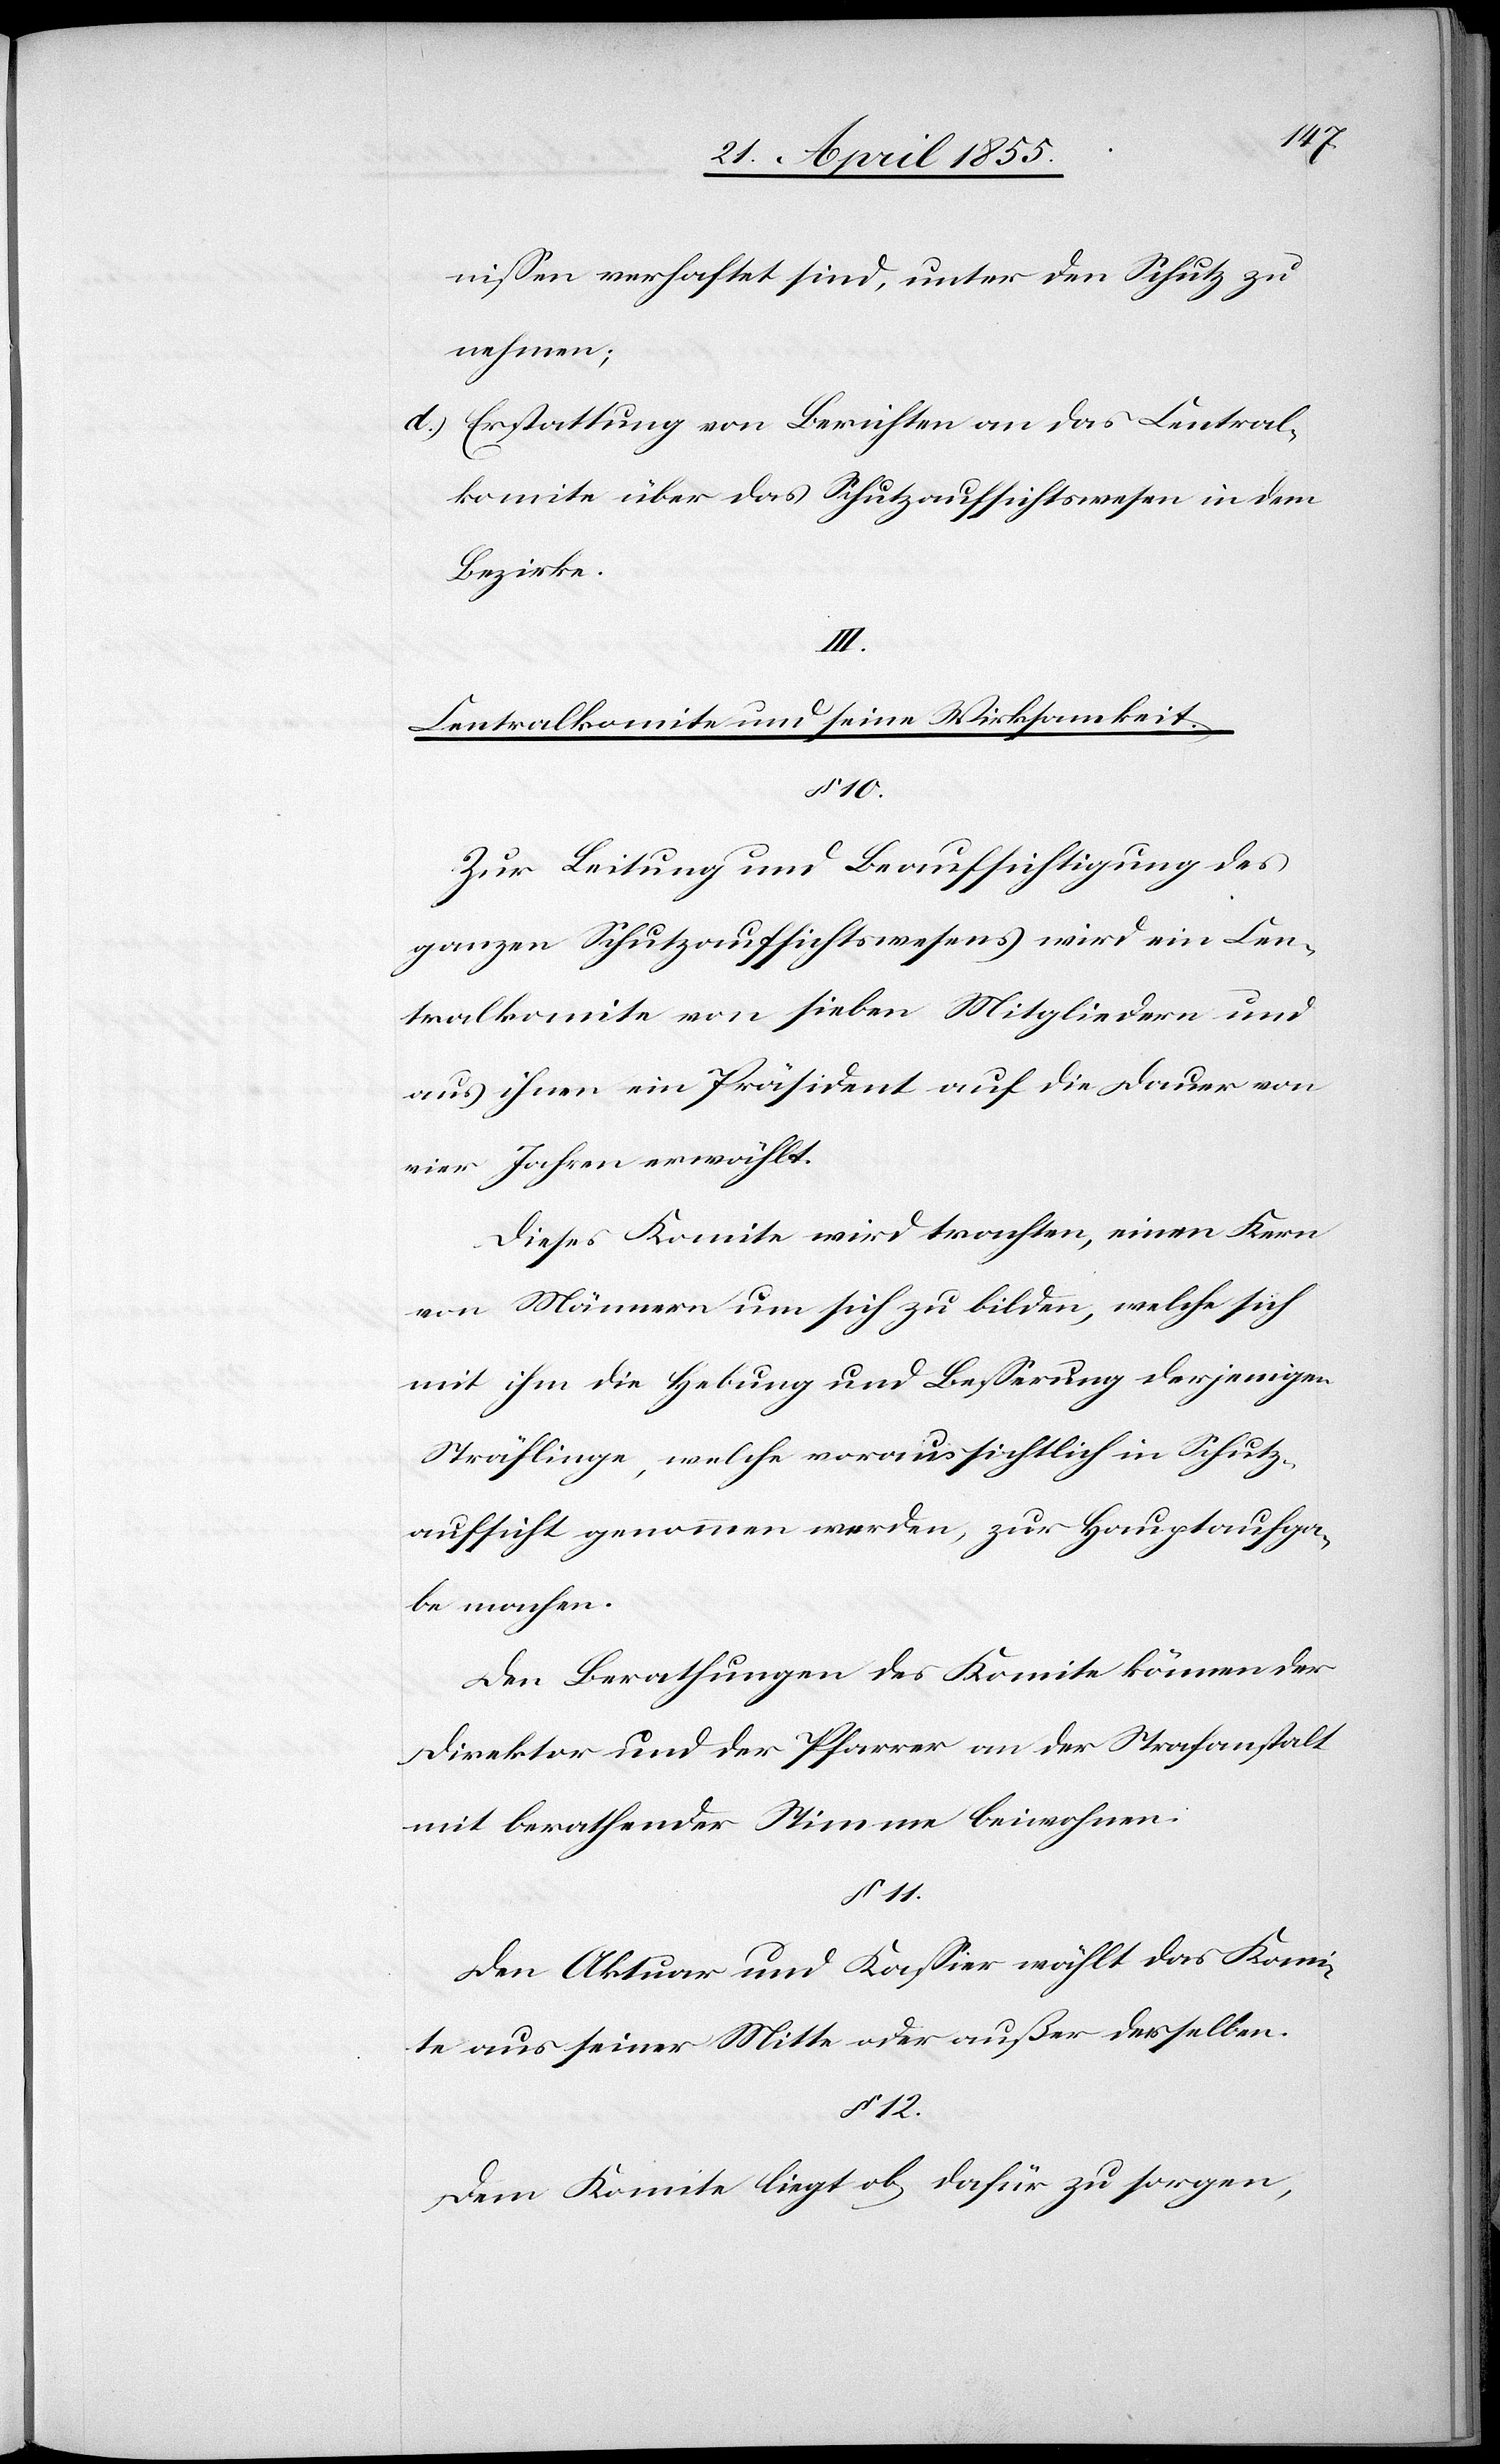
nissen verhaftet sind, unter den Schutz zu
nehmen;
Erstattung von Berichten an das Central¬
komite über das Schutzaufsichtswesen in dem
Bezirke.
III.
Centralkomite und seine Wirksamkeit.
§ 10.
Zur Leitung und Beaufsichtigung des
ganzen Schutzaufsichtswesens wird ein Cen¬
tralkomite von sieben Mitgliedern und
aus ihnen ein Präsident auf die Dauer von
vier Jahren erwählt.
Dieses Komite wird trachten, einen Kern
von Männern um sich zu bilden, welche sich
mit ihm die Hebung und Besserung derjenigen
Sträflinge, welche voraussichtlich in Schutz¬
aufsicht genommen werden, zur Hauptaufga¬
be machen.
Den Berathungen des Komite können der
Direktor und der Pfarrer an der Strafanstalt
mit berathender Stimme beiwohnen.
§ 11.
Den Aktuar und Kassier wählt das Komi¬
te aus seiner Mitte oder außer derselben.
§ 12.
Dem Komite liegt ob dafür zu sorgen,